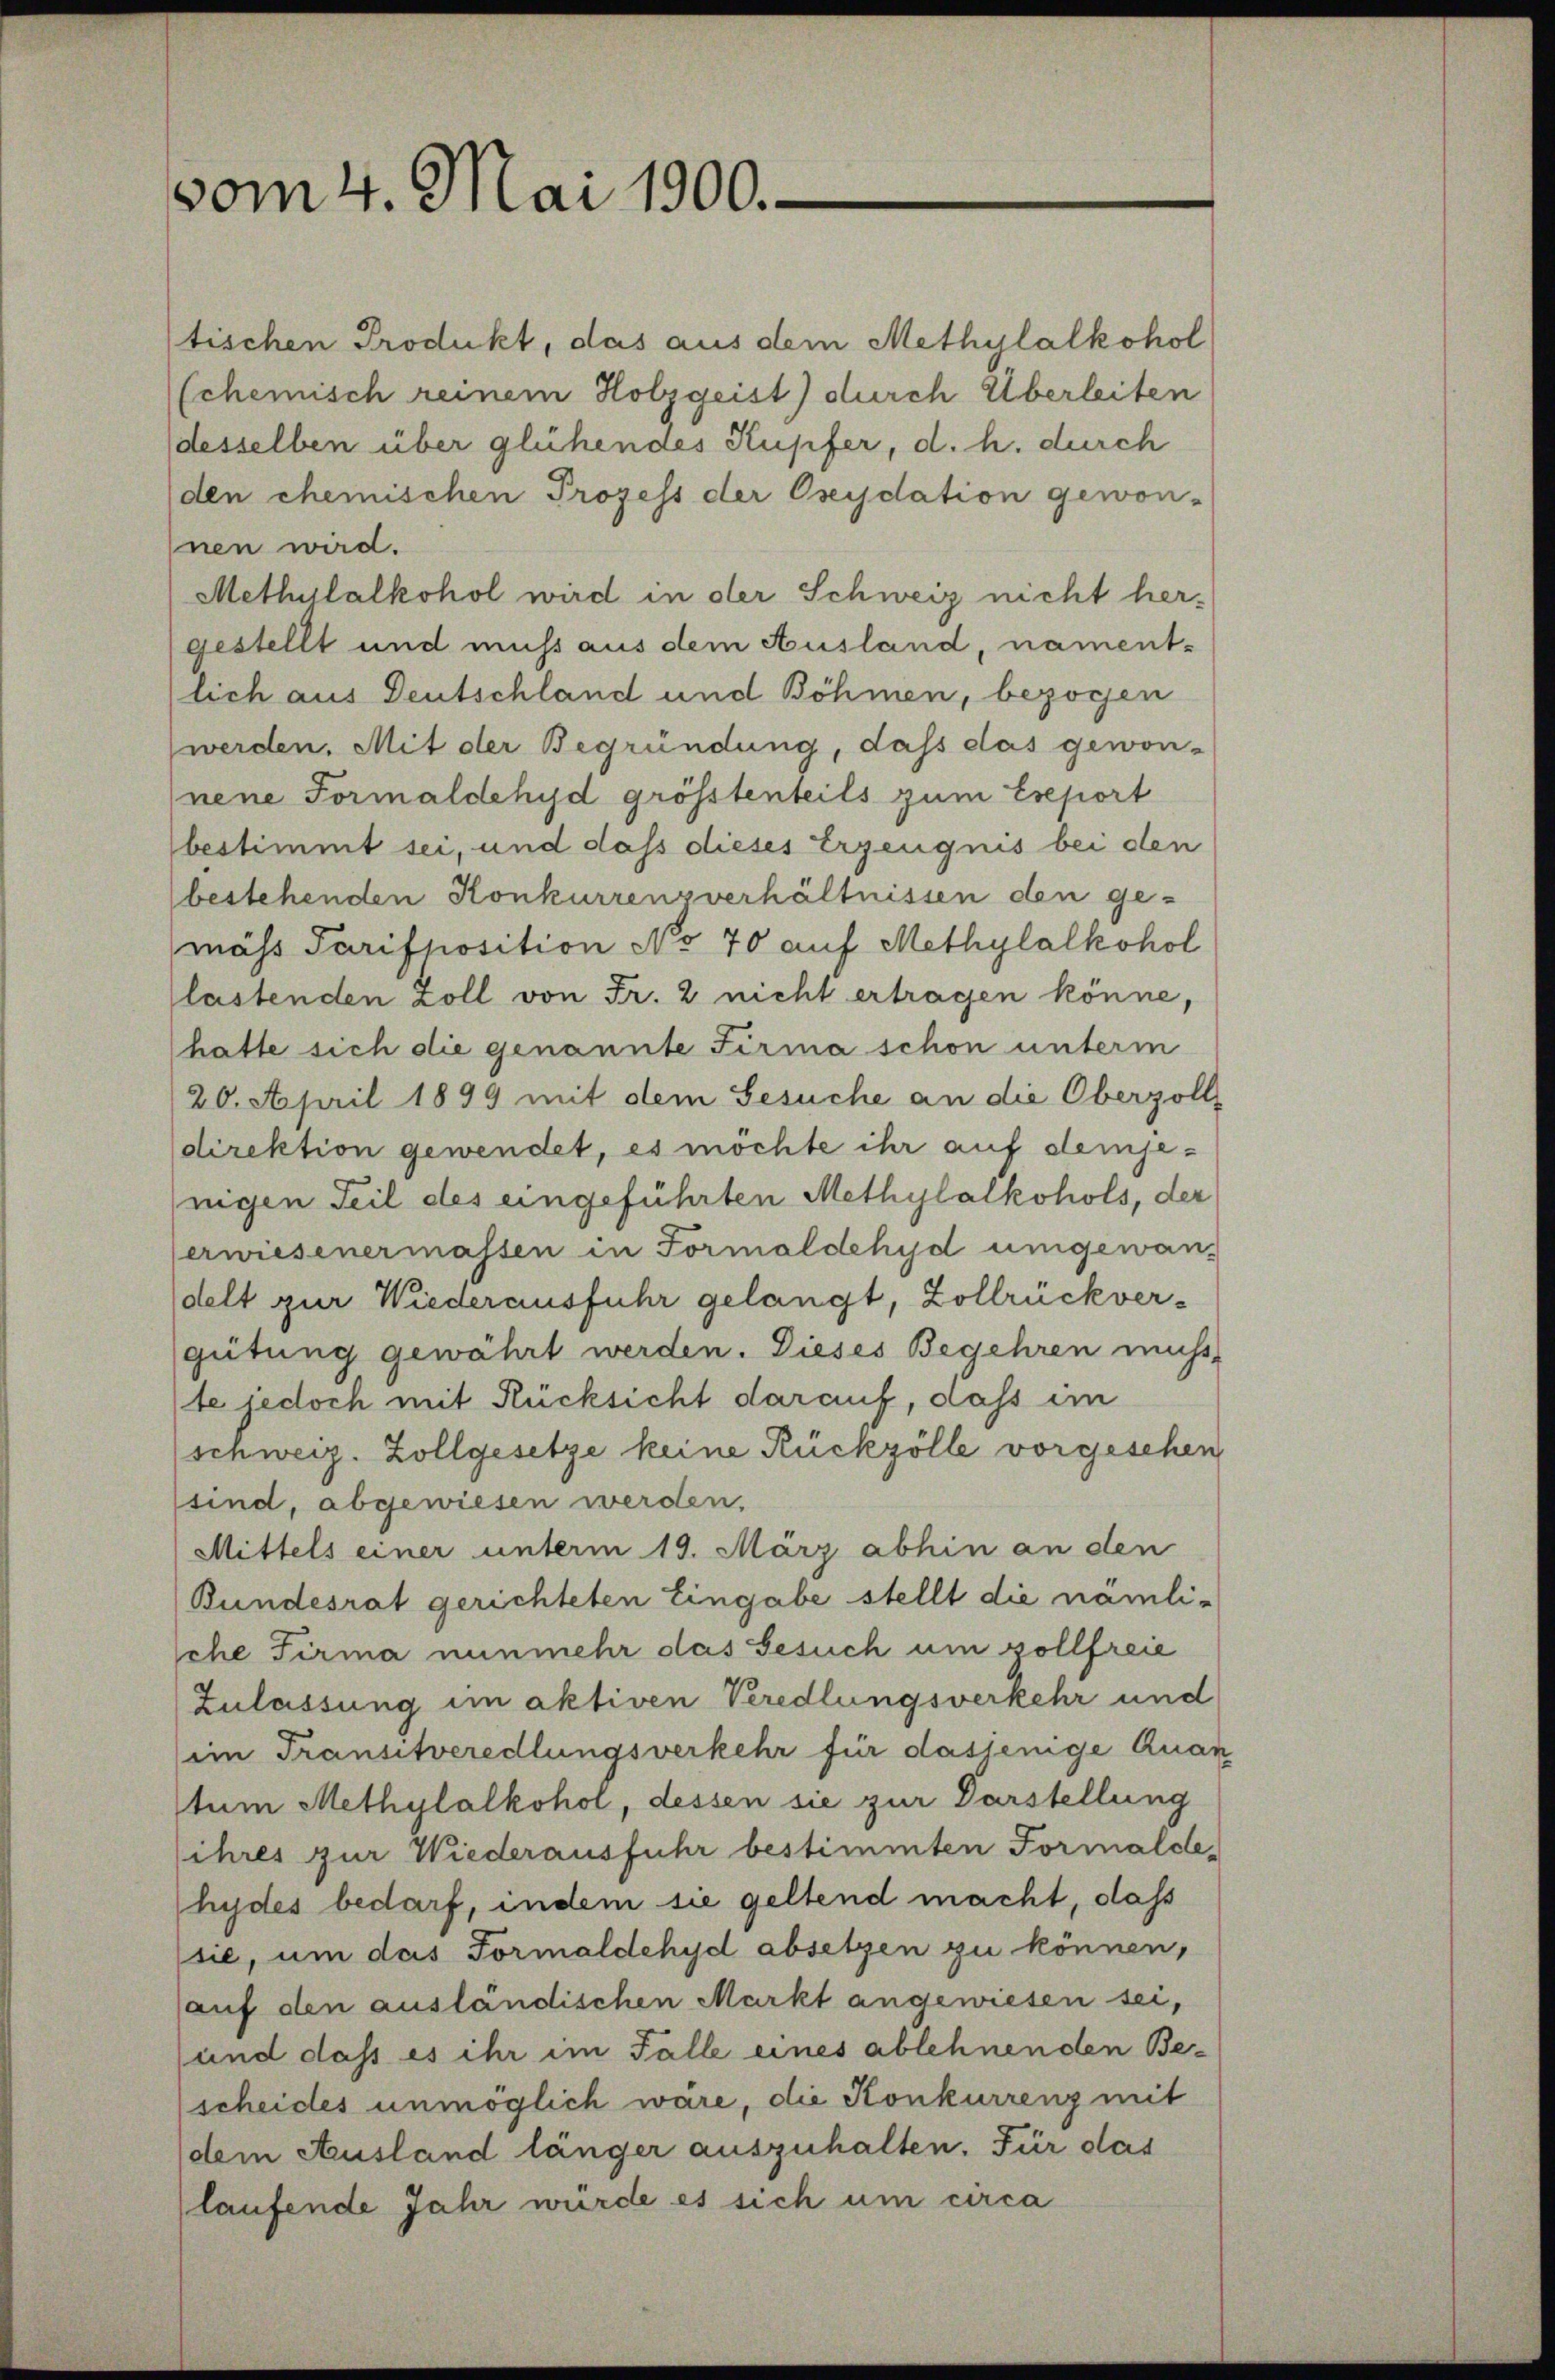
vom 4. Mai 1900.

tischen Produkt, das aus dem Methylalkohol
schemisch reinem Holzgeist) durch Überleiten
desselben über glühendes Kupfer, d. h. durch
den chemischen Prozess der Oseydation gewon-
nen wird.
Methulalkohol wird in der Schweiz nicht hergestellt und muss aus dem Ausland, nament-
lich aus Deutschland und Böhmen, bezogen
werden. Mit der Begründung, dass das gewon-
nene Formaldehyd grösstenteils zum Ereport
bestimmt sei, und dass dieses Erzeugnis bei den
bestehenden Konkurrenzverhältnissen den ge-
mäss Parisposition No 70 auf Methylalkohol
lastenden Zoll von Fr. 2 nicht ertragen könne,
hatte sich die genannte Firma schon unterm
20. April 1899 mit dem Gesuche an die Oberzoll
direktion gewendet, es möchte ihr auf demjenigen Teil des eingeführten Methylalkohols, der
erwiesenermassen in Formaldchyd umgewandelt zur Wiederausfuhr gelangt, Zollrückvergütung gewährt werden. Dieses Begehren nicht,
te jedoch mit Rücksicht darauf, dass im
(schweiz. Zollgesetze keine Rückzölle vorgesehen
sind, abgewiesen werden,
Mittels einer unterm 19. März abhin an den
Bundesrat gerichteten Eingabe stellt die namliche Firma nunmehr das Gesuch um zollfreie
Zulassung im aktiven Veredlungsverkehr und
(ein Transitveredlungsverkehr für dasjenige Quar
tum Methylalkohol, dessen sie zur Darstellung
ihres zur Wiederausfuhr bestimmten Formaldehydes bedarf, indem sie geltend macht, daß
sie, um das Formaldehyd absetzen zu können,
auf den ausländischen Markt angewiesen sei,
und dass es ihr im Falle eines ablehnenden Be-
scheides unmöglich wäre, die Konkurrenz mit
dem Ausland länger auszuhalten. Für das
laufende Jahr würde es sich um circa